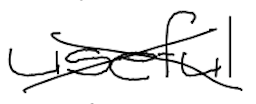
Text: useful
Cross-out: cross
Writing tool: digital_black